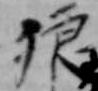
狼